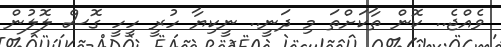
ވެއްޖެ.. ކޮން ތާކަށްތަ މި ދަނީ.. ނީކިޔާ ހުރީ ހީހީ ގޮސް ލޮލުން